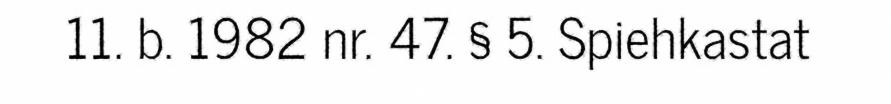
11. b. 1982 nr. 47. § 5. Spiehkastat